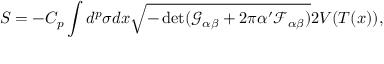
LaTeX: S = - C _ { p } \int d ^ { p } \sigma d x \sqrt { - \operatorname * { d e t } ( \mathcal { G } _ { \alpha \beta } + 2 \pi \alpha ^ { \prime } \mathcal { F } _ { \alpha \beta } ) } 2 V ( T ( x ) ) ,